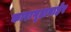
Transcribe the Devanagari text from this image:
कारागृहाबाहेर